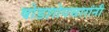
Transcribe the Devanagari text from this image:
षोडशोपचारांनी